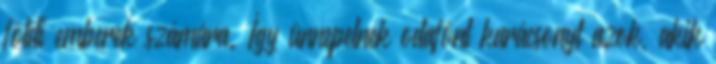
földi emberek számára. Így ünnepelnek odafönt karácsonyt azok, akik